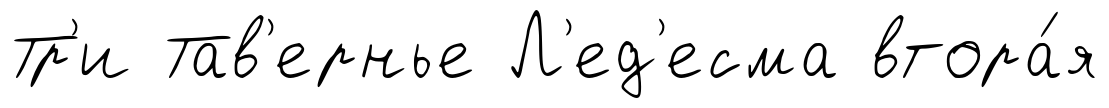
Тр'и Тав'ернье Л'ед'есма втора́я